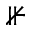
\nVdash